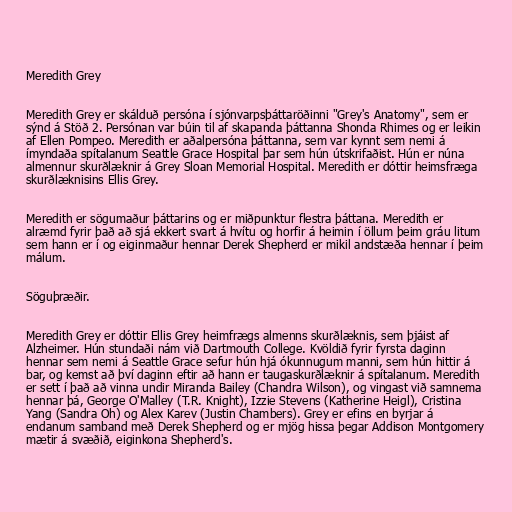
Meredith Grey

Meredith Grey er skálduð persóna í sjónvarpsþáttaröðinni "Grey's Anatomy", sem er
sýnd á Stöð 2. Persónan var búin til af skapanda þáttanna Shonda Rhimes og er leikin
af Ellen Pompeo. Meredith er aðalpersóna þáttanna, sem var kynnt sem nemi á
ímyndaða spítalanum Seattle Grace Hospital þar sem hún útskrifaðist. Hún er núna
almennur skurðlæknir á Grey Sloan Memorial Hospital. Meredith er dóttir heimsfræga
skurðlæknisins Ellis Grey.

Meredith er sögumaður þáttarins og er miðpunktur flestra þáttana. Meredith er
alræmd fyrir það að sjá ekkert svart á hvítu og horfir á heimin í öllum þeim gráu litum
sem hann er í og eiginmaður hennar Derek Shepherd er mikil andstæða hennar í þeim
málum.

Söguþræðir.

Meredith Grey er dóttir Ellis Grey heimfrægs almenns skurðlæknis, sem þjáist af
Alzheimer. Hún stundaði nám við Dartmouth College. Kvöldið fyrir fyrsta daginn
hennar sem nemi á Seattle Grace sefur hún hjá ókunnugum manni, sem hún hittir á
bar, og kemst að því daginn eftir að hann er taugaskurðlæknir á spítalanum. Meredith
er sett í það að vinna undir Miranda Bailey (Chandra Wilson), og vingast við samnema
hennar þá, George O'Malley (T.R. Knight), Izzie Stevens (Katherine Heigl), Cristina
Yang (Sandra Oh) og Alex Karev (Justin Chambers). Grey er efins en byrjar á
endanum samband með Derek Shepherd og er mjög hissa þegar Addison Montgomery
mætir á svæðið, eiginkona Shepherd's.